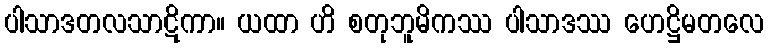
ပါသာဒတလသာဋိကာ။ ယထာ ဟိ စတုဘူမိကဿ ပါသာဒဿ ဟေဋ္ဌိမတလေ